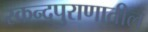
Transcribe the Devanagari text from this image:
स्कन्दपुराणातील